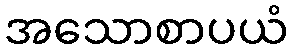
အသောစာပယံ